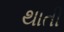
થાતી